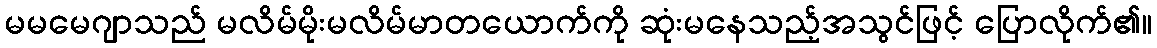
မမမေဂျာသည် မလိမ်မိုးမလိမ်မာတယောက်ကို ဆုံးမနေသည့်အသွင်ဖြင့် ပြောလိုက်၏။